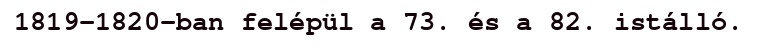
1819–1820-ban felépül a 73. és a 82. istálló.